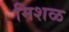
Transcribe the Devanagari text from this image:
मिशळ